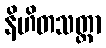
နိဟိတသတ္ထာ